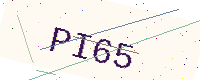
Text: PI65